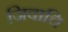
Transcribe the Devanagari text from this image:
जिवाचि